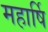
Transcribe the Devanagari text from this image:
महार्षि